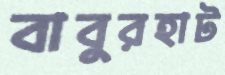
বাবুরহাট